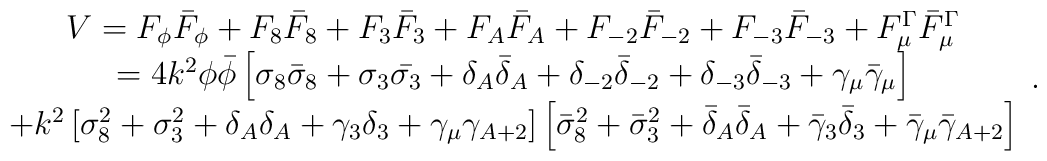
\begin{array}{c}V = F_\phi \bar{F}_\phi + F_8 \bar{F}_8 + F_3 \bar{F}_3 + F_A \bar{F}_A +F_{-2} \bar{F}_{-2} + F_{-3} \bar{F}_{-3} + F_\mu^\Gamma \bar{F}_\mu^\Gamma \\= 4k^2 \phi \bar{\phi} \left[ \sigma_8 \bar{\sigma}_8 + \sigma_3 \bar{\sigma_3} +\delta_A \bar{\delta}_A + \delta_{-2} \bar{\delta}_{-2} + \delta_{-3} \bar{\delta}_{-3}+ \gamma_\mu \bar{\gamma}_\mu \right] \\+ k^2 \left[ \sigma_8^2 + \sigma_3^2 + \delta_A \delta_A +\gamma_3 \delta_3 +\gamma_\mu \gamma_{A+2} \right]\left[ \bar{\sigma}_8^2 + \bar{\sigma}_3^2 + \bar{\delta}_A \bar{\delta}_A+ \bar{\gamma}_{3} \bar{\delta}_{3} +\bar{\gamma}_\mu \bar{\gamma}_{A+2} \right] \end{array} .